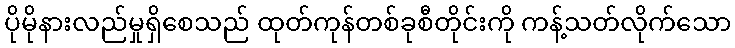
ပိုမိုနားလည်မှုရှိစေသည် ထုတ်ကုန်တစ်ခုစီတိုင်းကို ကန့်သတ်လိုက်သော